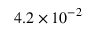
4 . 2 \times 1 0 ^ { - 2 }